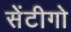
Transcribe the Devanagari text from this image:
सेंटीगो